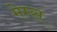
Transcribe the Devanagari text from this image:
मेम्स